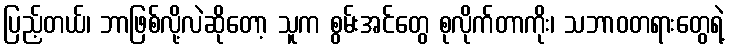
ပြည့်တယ်၊ ဘာဖြစ်လို့လဲဆိုတော့ သူက စွမ်းအင်တွေ စုလိုက်တာကိုး၊ သဘာဝတရားတွေရဲ့